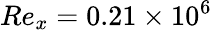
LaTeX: Re_{x}=0.21\times 10^{6}